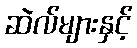
ဆဲလ်များနှင့်